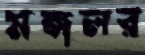
মঙ্গলর